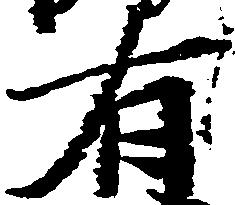
有